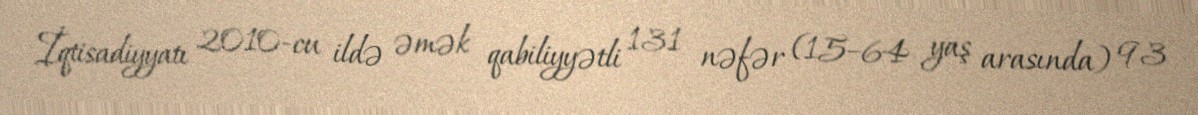
İqtisadiyyatı 2010-cu ildə əmək qabiliyyətli 131 nəfər (15–64 yaş arasında) 93